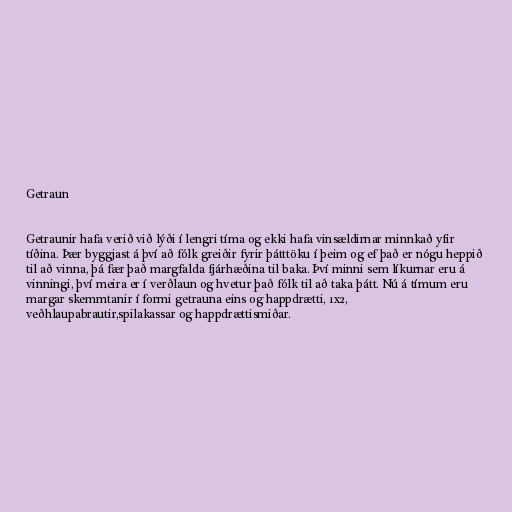
Getraun

Getraunir hafa verið við lýði í lengri tíma og ekki hafa vinsældirnar minnkað yfir
tíðina. Þær byggjast á því að fólk greiðir fyrir þátttöku í þeim og ef það er nógu heppið
til að vinna, þá fær það margfalda fjárhæðina til baka. Því minni sem líkurnar eru á
vinningi, því meira er í verðlaun og hvetur það fólk til að taka þátt. Nú á tímum eru
margar skemmtanir í formi getrauna eins og happdrætti, 1x2,
veðhlaupabrautir,spilakassar og happdrættismiðar.